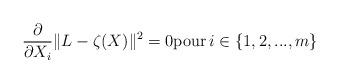
LaTeX: \begin{align*}\frac{\partial}{\partial X_i} \|L-\zeta(X) \|^2=0 \mbox{pour}\,i\in \left\{1,2,...,m\right\} \end{align*}